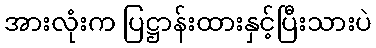
အားလုံးက ပြဋ္ဌာန်းထားနှင့်ပြီးသားပဲ